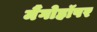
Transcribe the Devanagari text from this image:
मैंगोहॉपर